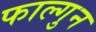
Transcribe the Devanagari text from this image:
फाल्‍गुन